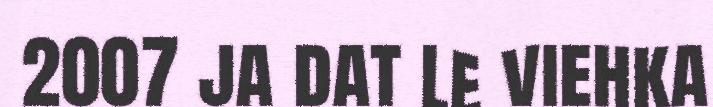
2007 ja dat le viehka